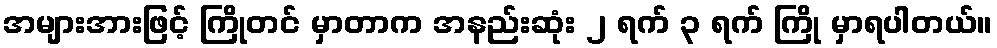
အများအားဖြင့် ကြိုတင် မှာတာက အနည်းဆုံး ၂ ရက် ၃ ရက် ကြို မှာရပါတယ်။